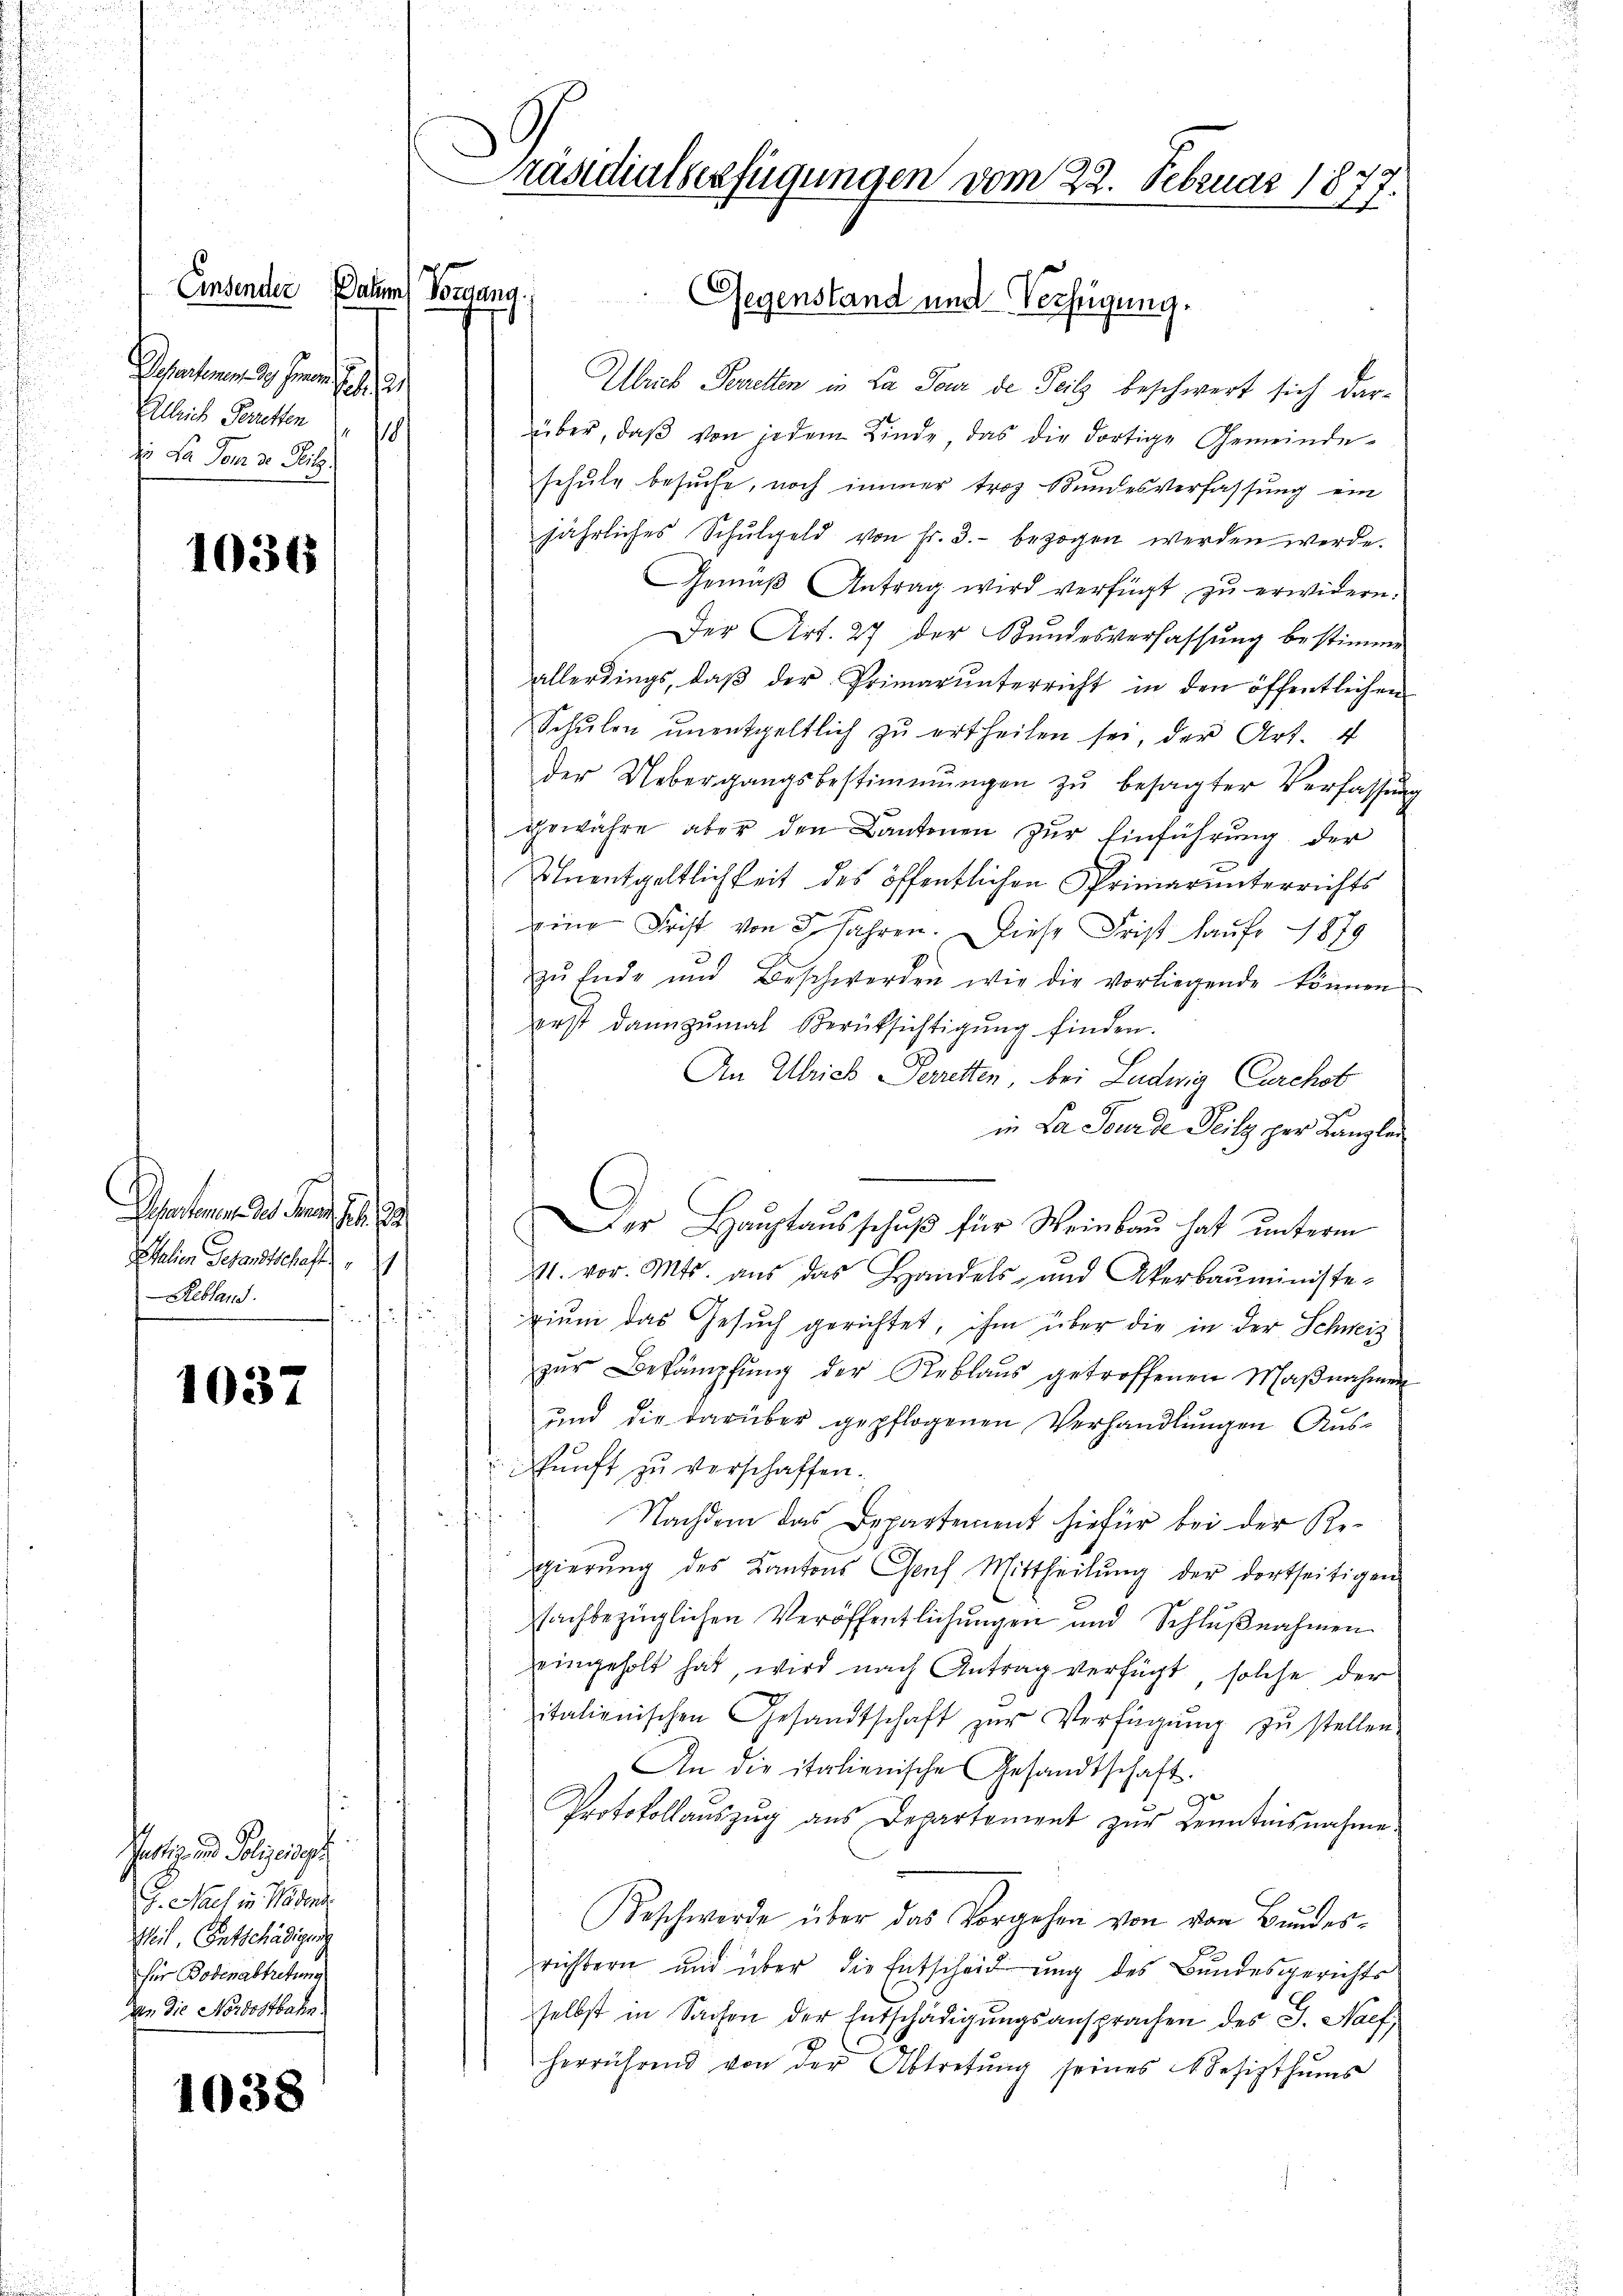
Einsender
Plessanterm 29. Fernen S. 91
Alleich Perretten
1
z. La dem de Sitz.

1036

Departement des Frau St. Ga
Italien Gesandtschaft
Rebland.

1037

tiz und Polizeigt
G. Nach in den
Heil. Entschädigung
für Bodenabtretung
dn die Nordostbahn.

1638

Präsidialserfügungen vom 22. Februar 1877

Ulrich Perrelten in La Tour de Teilz beschwert sich darüber, daβ von jedem Kinde das die dortige Gemeinde-
schulz besuche, noch immer troz Bundesverfassung ein
jährliches Schŭlgeld von Fr. 3. bezogen werden werde.
Gemäβ Antrag wird verfügt zu erwidern.
Der Art. 27 der Bundesverfassŭng bestimme
allerdings, daβ der Primarŭnterricht in den öffentlichen
Schŭlen ŭnentgeltlich zŭ ertheilen sei, der Art. 4
der Uebergangsbestimmungen zŭ besagter Verfassŭng
gewahre aber den Lantonen zŭr Einführŭng der
Unentgeltlichkeit des öffentlichen Primarunterrichts
ine Frist von 3 Jahren. Diese Frist auf 1879
zŭ Ende und Beschwerden wie die vorliegende können.
erst dannzumal Berüksichtigung finden.
An Ulrich Perretten, bei Ludwig Cerchob
in La Sourde Teilz per Kanzlei
Der Haŭptaŭsschŭβ für Weinbau hat unterm
M. vor. Mts. aus das Handels- und Akerbaŭministe-
d
n
zium das Gesuch gerichtet, ihm über die in der Schweiz
u
zŭr Bekämpfŭng der Reblaŭs getroffenen Maβnahmen
und die darüber gepflogenen Verhandlungen Aus¬
Sunft zu verschaffen.
Nachdem das Departement hiefür bei der Regierŭng des Kantons Genf Mittheilŭng der dortseitigen
fachbezüglichen Veröffentlichungen und Schlußnahmen
eingeholt hat, wird nach Antrag verfügt, solche der
italienischen Gesandtschaft zŭr Verfügŭng zŭ stellen
An die italienische Gesandtschaft.
F
Protokollauszug aus Departement zur Kenntnisnahme
Beschwerde über das Vorgehen von von Bundesrichtern und über die Entscheidung des Bundesgerichts
selbst in Sachen der Entschädigungsansprachen des J. Nachherrührend von der Abtretŭng seines besizthŭms

Datum Vorgang.

Gegenstand und Verfügung.